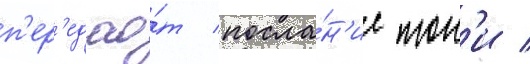
п'ер'едао́т посла́н'ие тон'и /